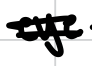
Text: eye
Cross-out: double-line
Writing tool: digital_black